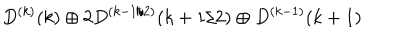
LaTeX: D ^ { ( k ) } ( k ) \oplus 2 D ^ { ( k - 1 / 2 ) } ( k + 1 / 2 ) \oplus D ^ { ( k - 1 ) } ( k + 1 )